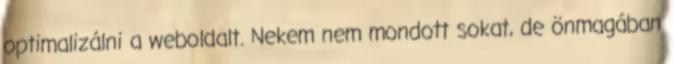
optimalizálni a weboldalt. Nekem nem mondott sokat, de önmagában